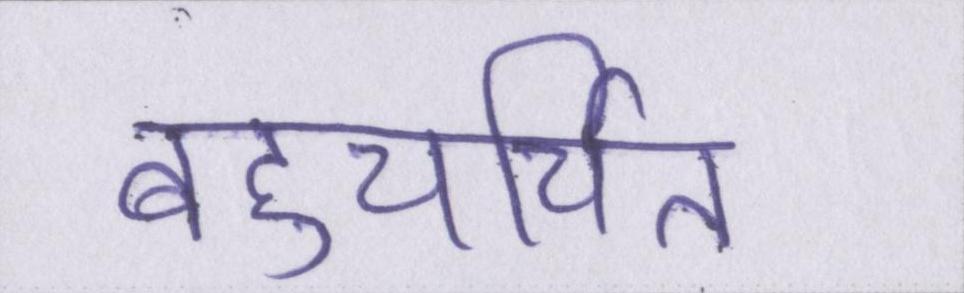
बहुचर्चित